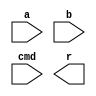
 `ifndef _PROC_DEFS
 `define _PROC_DEFS
         
        //`define CODE_FOR_SYNTHESIS				
        `define USE_SIMULATION_CODE				 
        
        `define PC_WIDTH				8
        `define	INSTR_MEM_ADDR_WIDTH	8
        `define MEM_ADD_WIDTH_DATA		8
 
        /************** Operation Code in instructions ****************/
        `define OP_NOP			4'b0000
        `define OP_ADD			4'b0010
        `define OP_SUB			4'b0001
        `define OP_MUL			4'b0011
        `define OP_DIV			4'b0101
        `define OP_MODU			4'b0100
        `define OP_SL			4'b0110
        `define OP_SR			4'b0111
        `define OP_ADDI			4'b1001
        `define OP_LD			4'b1010
        `define OP_ST			4'b1011
        `define OP_BZ			4'b1100
        
        /************** ALU operation command ****************/
        `define ALU_NC			3'bxxx		// Dont do anything 
        `define ALU_ADD			3'b011
        `define ALU_SUB			3'b010
        `define ALU_MUL			3'b000
        `define ALU_DIV			3'b001
        `define ALU_MODU			3'b100
        `define ALU_SL			3'b101
        `define ALU_SR			3'b110
        
        /************** Branch condition code ****************/
        `define BRANCH_Z		3'b000
        //`define BRANCH_GT		3'b001
        //`define BRANCH_LE		3'b010
        
 
 
 `endif
 


module alu
(
        input		[15:0]	a,		//src1
        input		[15:0]	b,		//src2
        input		[2:0]	cmd,	//function sel
        
        output	reg	[15:0]	r		//result	
);
        always @ (*) begin
                case(cmd)
                        `ALU_NC	:
                                r = 16'bx;
                        `ALU_ADD:
                                r = a + b;
                        `ALU_SUB:
                                r = a - b;
                        `ALU_MUL:
                                r = a * b;
                        `ALU_DIV	:
                                r = a / b;
                        `ALU_MODU:
                                r = a % b;
                        `ALU_SL	:
                                r = a << b;
                        `ALU_SR	:
                                r = {{16{a[15]}},a} >> b;
                        //`ALU_SRU	:
                        //	r = {16'b0,a} >> b;
                        default	:
                                begin
                                        r = 0;
`ifndef CODE_FOR_SYNTHESIS
                                        $display("ERROR: Unknown alu cmd: %b \n", cmd);
                                        //$stop;
`endif
                                end
                endcase
        end
        
endmodule 

`ifndef _PROC_DEFS
 `define _PROC_DEFS
         
        //`define CODE_FOR_SYNTHESIS				
        `define USE_SIMULATION_CODE				 
        
        `define PC_WIDTH				8
        `define	INSTR_MEM_ADDR_WIDTH	8
        `define MEM_ADD_WIDTH_DATA		8
 
        /************** Operation Code in instructions ****************/
        `define OP_NOP			4'b0000
        `define OP_ADD			4'b0010
        `define OP_SUB			4'b0001
        `define OP_MUL			4'b0011
        `define OP_DIV			4'b0101
        `define OP_MODU			4'b0100
        `define OP_SL			4'b0110
        `define OP_SR			4'b0111
        `define OP_ADDI			4'b1001
        `define OP_LD			4'b1010
        `define OP_ST			4'b1011
        `define OP_BZ			4'b1100
        
        /************** ALU operation command ****************/
        `define ALU_NC			3'bxxx		// Dont do anything 
        `define ALU_ADD			3'b011
        `define ALU_SUB			3'b010
        `define ALU_MUL			3'b000
        `define ALU_DIV			3'b001
        `define ALU_MODU			3'b100
        `define ALU_SL			3'b101
        `define ALU_SR			3'b110
        
        /************** Branch condition code ****************/
        `define BRANCH_Z		3'b000
        //`define BRANCH_GT		3'b001
        //`define BRANCH_LE		3'b010
        
 
 
 `endif






module data_mem
(
        input					clk,
        
        // address input, shared by read and write port
        input	[15:0]			mem_access_addr,
        
        // write port
        input	[15:0]				mem_write_data,
        //input							mem_write_en,	//Praswrite
        // read port
        output	[15:0]			mem_read_data
        
);


        reg [15:0] ram [(2**`MEM_ADD_WIDTH_DATA)-1:0];

        wire [`MEM_ADD_WIDTH_DATA-1 : 0] ram_addr = mem_access_addr[`MEM_ADD_WIDTH_DATA-1 : 0];

        always @(posedge clk)
                if (mem_write_data)
                        ram[ram_addr] <= mem_write_data;

        assign mem_read_data = ram[ram_addr]; 
   
endmodule 

module EX_stage
(
        input					clk,
        input					rst,
        // from ID_stage
        input		[56:0]		pipeline_reg_in,	
        
        //	[56:22],35bits:	ex_alu_s0s1[2:0] 
        // ex_Rp_data[15:0], ex_Rq_data[15:0]
        //	[21:5],17bits:	mem_write_en, mem_write_data[15:0]
        //	[4:0],5bits:	write_back_en, write_back_dest[2:0], write_back_result_mux, 
        
        // to MEM_stage
        output	reg	[37:0]		pipeline_reg_out,	//	[37:22],16bits:	ALU_Output[15:0];
                                                                                                //	[21:5],17bits:	mem_write_en, mem_write_data[15:0]
                                                                                                //	[4:0],5bits:	write_back_en, write_back_dest[2:0], write_back_result_mux, 
        
        // to hazard detection unit
        output		[2:0]		ex_op_dest
);
        wire	[2:0]		alu_s0s1	= pipeline_reg_in[56:54];				//S2  //alu_s0 and alu_s1
        wire	[15:0]	Rp_data	= pipeline_reg_in[53:38];						//RF Rp_data and Rq_data
        wire	[15:0]	Rq_data	= pipeline_reg_in[37:22];
        
        wire	[15:0]	ALU_Output;
        
        /********************** ALU *********************/
        alu alu_inst(
                .a		( Rp_data),
                .b		( Rq_data),
                .cmd	( alu_s0s1),	//alu_s0 and alu_s1
                .r		( ALU_Output)
        );
        
        
        /********************** singals to MEM_stage *********************/
        always @ (posedge clk) begin
                if(rst) begin
                        pipeline_reg_out[37:0] <= 0;
                end
                else begin
                        pipeline_reg_out[37:22] <= ALU_Output;
                        pipeline_reg_out[21:0] <= pipeline_reg_in[21:0];
                end
        end
        
        
        /********************** to hazard detection unit *********************/
        assign ex_op_dest = pipeline_reg_in[3:1];
endmodule 

module ID_stage
(
        input					clk,
        input					rst,
        input					instruction_decode_en,
        //input					insert_bubble,
        
        
        // to EX_stage
        output	reg	[56:0]		pipeline_reg_out,	
        
        //	[56:22],35bits:	ex_alu_s0s1[2:0] //alu_s0 and alu_s1, ex_Rp_data[15:0], ex_Rq_data[15:0]
        //	[21:5],17bits:	mem_write_en, mem_write_data[15:0]
        //	[4:0],5bits:	write_back_en, write_back_dest[2:0], write_back_result_mux, 
        
        // to IF_stage
        input		[15:0]		instruction,
        output		[5:0]		branch_offset_imm,
        output	reg			branch_taken,
        
        // to register file
        output		[3:0]		Rp_addr,	// register file read port p address
        output		[3:0]		Rq_addr,	// register file read port q address
        input		[15:0]		Rp_data,	// register file read port p data
        input		[15:0]		Rq_data,	// register file read port q data
        
        // to hazard detection unit
        output		[2:0]		decoding_op_src1,		//source_1 register number
        output		[2:0]		decoding_op_src2		//source_2 register number
        
);
    
        /********************** internal wires ***********************************/
        //----------------- Instruction Register signals --------------------//
        reg		[15:0]		instruction_reg;
        wire	[3:0]		ir_op_code;		//operation code
        wire	[2:0]		ir_dest;		//destination register number
        wire	[2:0]		ir_src1;		//source_1 register number
        wire	[2:0]		ir_src2;		//source_2 register number
        wire	[5:0]		ir_imm;			//immediate number carried by the instruction
        
        //---------------- data path control signals --------------------------//
        // write back stage signals
        reg					write_back_en;			// S3
        wire	[2:0]			write_back_dest;		// dest
        reg					write_back_result_mux;	// S1
        // mem stage signals
        //wire					mem_write_en;	//Praswrite
        wire	[15:0]		mem_write_data;
        // ex stage signals
        reg	[2:0]			ex_alu_s0s1;				//S2  //alu_s0 and alu_s1
        wire	[15:0]		ex_Rp_data;
        wire	[15:0]		ex_Rq_data;
        // instruction decode stage signals
        reg					Rq_data_mux;			// S4
        wire				decoding_op_is_branch;	//S5	// Check if Branch Instruction
        wire				decoding_op_is_store;	//S6  // Check if Store Instruction
        wire	[3:0]		ir_op_code_with_bubble;
        wire	[2:0]		ir_dest_with_bubble;
        //reg					branch_condition_satisfied;
        
        
        /********************** Instruction Register *********************/
        always @ (posedge clk or posedge rst) begin
                if(rst) begin
                        instruction_reg <= 0;
                end
                else begin
                        if(instruction_decode_en) begin
                                instruction_reg <= instruction;
                        end
                end
        end
        assign ir_op_code = instruction_reg[15:12];
        assign ir_dest = instruction_reg[11: 9];
        assign ir_src1 = instruction_reg[ 8: 6];
        assign ir_src2 = (decoding_op_is_store)? instruction_reg[11: 9] : instruction_reg[ 5: 3];
        assign ir_imm  = instruction_reg[ 5: 0];
        
        /********************** pipeline bubble insertion *********************/
        // if instrcution decode is frozen, insert bubble operations into the pipeline
        assign ir_op_code_with_bubble = ( instruction_decode_en )?  ir_op_code : 0;
        // if instrcution decode is frozen, force destination reg number to 0, 
        // this operation is to prevent pipeline stall.
        assign ir_dest_with_bubble = ( instruction_decode_en )?  ir_dest : 0;
        
        /********************** Data path control logic *********************/
        always @ (*) begin
                if(rst) begin
                        write_back_en			= 0;	// S3
                        write_back_result_mux	= 0;	// S1
                        ex_alu_s0s1				= 0;	// S2	//alu_s0 and alu_s1
                        Rq_data_mux			= 0;	// S4
                end
                else begin
                        case( ir_op_code_with_bubble )
                                `OP_NOP	:
                                        begin
                                                write_back_en			= 0;		// S3
                                                write_back_result_mux	= 1'bx;		// S1
                                                ex_alu_s0s1				= `ALU_NC;	// S2
                                                Rq_data_mux			= 1'bx;		// S4
                                        end
                                `OP_ADD	:
                                        begin
                                                write_back_en			= 1;		// S3
                                                write_back_result_mux	= 0;		// S1
                                                ex_alu_s0s1				= `ALU_ADD;	// S2
                                                Rq_data_mux			= 0;		// S4
                                        end
                                `OP_SUB	:
                                        begin
                                                write_back_en			= 1;		// S3
                                                write_back_result_mux	= 0;		// S1
                                                ex_alu_s0s1				= `ALU_SUB;	// S2
                                                Rq_data_mux			= 0;		// S4
                                        end
                                `OP_MUL	:
                                        begin
                                                write_back_en			= 1;		// S3
                                                write_back_result_mux	= 0;		// S1
                                                ex_alu_s0s1				= `ALU_MUL;	// S2
                                                Rq_data_mux			= 0;		// S4
                                        end
                                `OP_DIV	:
                                        begin
                                                write_back_en			= 1;		// S3
                                                write_back_result_mux	= 0;		// S1
                                                ex_alu_s0s1				= `ALU_DIV;	// S2
                                                Rq_data_mux			= 0;		// S4
                                        end
                                `OP_MODU	:
                                        begin
                                                write_back_en			= 1;		// S3
                                                write_back_result_mux	= 0;		// S1
                                                ex_alu_s0s1				= `ALU_MODU;	// S2
                                                Rq_data_mux			= 1'bx;		// S4
                                        end
                                `OP_SL	:
                                        begin
                                                write_back_en			= 1;		// S3
                                                write_back_result_mux	= 0;		// S1
                                                ex_alu_s0s1				= `ALU_SL;	// S2
                                                Rq_data_mux			= 0;		// S4
                                        end
                                `OP_SR	:
                                        begin
                                                write_back_en			= 1;		// S3
                                                write_back_result_mux	= 0;		// S1
                                                ex_alu_s0s1				= `ALU_SR;	// S2
                                                Rq_data_mux			= 0;		// S4
                                        end
                                `OP_ADDI:
                                        begin
                                                write_back_en			= 1;		// S3
                                                write_back_result_mux	= 0;		// S1
                                                ex_alu_s0s1				= `ALU_ADD;	// S2
                                                Rq_data_mux			= 1;		// S4
                                        end
                                `OP_LD	:
                                        begin
                                                write_back_en			= 1;		// S3
                                                write_back_result_mux	= 1;		// S1
                                                ex_alu_s0s1				= `ALU_ADD;	// S2
                                                Rq_data_mux			= 1;		// S4
                                        end
                                `OP_ST	:
                                        begin
                                                write_back_en			= 0;		// S3
                                                write_back_result_mux	= 1'bx;		// S1
                                                ex_alu_s0s1				= `ALU_ADD;	// S2
                                                Rq_data_mux			= 1;		// S4
                                        end
                                `OP_BZ	:
                                        begin
                                                write_back_en			= 0;		// S3
                                                write_back_result_mux	= 1'bx;		// S1
                                                ex_alu_s0s1				= `ALU_NC;	// S2
                                                Rq_data_mux			= 1;		// S4
                                        end
                                default	:
                                        begin
                                                write_back_en			= 0;		// S3
                                                write_back_result_mux	= 1'bx;		// S1
                                                ex_alu_s0s1				= `ALU_NC;	// S2
                                                Rq_data_mux			= 1'bx;		// S4
`ifndef CODE_FOR_SYNTHESIS
                                                $display("ERROR: Unknown Instruction: %b", ir_op_code_with_bubble);
                                                //$stop;
`endif
                                        end
                        endcase
                end
        end
        
        assign decoding_op_is_branch = ( ir_op_code == `OP_BZ )? 1 : 0;	// S5
        assign decoding_op_is_store	= ( ir_op_code == `OP_ST )? 1 : 0;	// S6
        
        /********************** singals to EX_stage *********************/
        assign mem_write_data = Rq_data;
        //assign mem_write_en = decoding_op_is_store;	//Praswrite
        assign write_back_dest = ir_dest_with_bubble;
        assign ex_Rp_data = Rp_data;
        assign ex_Rq_data = (Rq_data_mux)? {{10{ir_imm[5]}},ir_imm} : Rq_data;
        
        //	pipeline_reg_out:
        //	[56:22],35bits:	ex_alu_s0s1[2:0], ex_Rp_data[15:0], ex_Rq_data[15:0],
        //	[21:5],17bits:	mem_write_en, mem_write_data[15:0],
        //	[4:0],5bits:	write_back_en, write_back_dest[2:0], write_back_result_mux,
        
        always @ (posedge clk or posedge rst) begin
                if(rst) begin
                        pipeline_reg_out[56:0] <= 0;
                end
                else begin
                        pipeline_reg_out[56:0] <= {
                                ex_alu_s0s1[2:0],		// pipeline_reg_out[56:54]	//S2
                                ex_Rp_data[15:0],		// pipeline_reg_out[53:38]	// Rp_data and Rq_data
                                ex_Rq_data[15:0],		// pipeline_reg_out[37:22]	
                                //mem_write_en, 			// pipeline_reg_out[21]		//	//Praswrite
                                mem_write_data[15:0],	// pipeline_reg_out[20:5]	//
                                write_back_en, 			// pipeline_reg_out[4]		//S3
                                write_back_dest[2:0], 	// pipeline_reg_out[3:1]	//dest
                                write_back_result_mux 	// pipeline_reg_out[0]		//S1
                                };
                end
        end
        
                         
        /********************** interface with register file *********************/
        assign Rp_addr = ir_src1;
        assign Rq_addr = ir_src2;
        
        /********************** branch signals generate *********************/
        always @ (*) begin
                if(decoding_op_is_branch) begin
                        case( ir_dest_with_bubble )
                                `BRANCH_Z	:
                                        begin
                                                if(Rp_data == 0)
                                                        branch_taken = 1;
                                                else
                                                        branch_taken = 0;
                                        end
                                        
                                default:
                                        begin
                                                branch_taken = 0;
`ifndef CODE_FOR_SYNTHESIS
                                                $display("ERROR: Unknown branch condition %b, in branch instruction %b \n", ir_dest_with_bubble, ir_op_code_with_bubble);
                                                //$stop;
`endif					
                                        end
                        endcase
                end
                else begin
                        branch_taken = 0;
                end
        end
        assign branch_offset_imm = ir_imm;
        //assign branch_taken = decoding_op_is_branch & branch_condition_satisfied ;
        
        /********************** to hazard detection unit *********************/
        assign decoding_op_src1 = ir_src1;
        assign decoding_op_src2 = (
                                        ir_op_code == `OP_NOP 	||
                                        ir_op_code == `OP_ADDI 	||
                                        ir_op_code == `OP_LD 	||
                                        ir_op_code == `OP_BZ 	
                                        )?
                                        3'b000 : ir_src2;
        
endmodule 

module IF_stage
(
        input							clk,
        input							rst,				
        input							instruction_fetch_en,
        
        input	[5:0]					branch_offset_imm,
        input							branch_taken,
        
        output	reg	[`PC_WIDTH-1:0]		pc,
        output	[15:0]					instruction
);
    
        // The program Counter is controlled below.
        always @ (posedge clk or posedge rst) begin
            if (rst) begin
                pc <= `PC_WIDTH'b0;
            end 
                else begin
                        if(instruction_fetch_en) begin
                                if(branch_taken)
                                        pc <= pc + {{(`PC_WIDTH-6){branch_offset_imm[5]}}, branch_offset_imm[5:0]};	
                                else
                                        pc <= pc + `PC_WIDTH'd1;
                        end
                end
        end
        
        // instantiation for the instruction memory
        instruction_mem imem(
                .clk				(clk),
                .pc				(pc),		
                .instruction	(instruction)
        );
        
        
endmodule 

module instruction_mem		
(
        input					clk,
        input	[`PC_WIDTH-1:0]	pc,
        
        output	[15:0]			instruction
);
        
        reg	[15:0] rom [2**`INSTR_MEM_ADDR_WIDTH-1 : 0];
        
        wire [`INSTR_MEM_ADDR_WIDTH-1 : 0] rom_addr = pc[`INSTR_MEM_ADDR_WIDTH-1 : 0];
        
        // always @ (posedge clk) begin
        // always @ (*) begin
            // instruction = rom[rom_addr];
        // end
        
        assign instruction = rom[rom_addr];
        
        
endmodule 


`ifndef USE_SIMULATION_CODE		
module instruction_mem		// a synthesisable rom implementation
(
        input					clk,		// asynchronized!!
        input	[`PC_WIDTH-1:0]	pc,
        
        output reg	[15:0]		instruction
);
        
        wire [`INSTR_MEM_ADDR_WIDTH-1 : 0] rom_addr = pc[`INSTR_MEM_ADDR_WIDTH-1 : 0];
        
        
        // Algo. State Machine 
        // ASM code in rom:
        // L1:	ADDI		R1,R0,8
        // 		ADDI		R2,R1,8
        // 		ADDI		R3,R2,8
        // 		ADD			R4,R2,R3
        // 		ST			R4,R1,2
        // 		LD			R5,R1,2
        // 		SUB			R6,R4,R5
        // 		BZ			R6,L1
        // 		ADDI		R7,R7,1
        always @(*)
                case (rom_addr)
                        4'b0000: instruction = 16'b1001001000001000;
                        4'b0001: instruction = 16'b1001010001001000;
                        4'b0010: instruction = 16'b1001011010001000;
                        4'b0011: instruction = 16'b0001100010011000;
                        4'b0100: instruction = 16'b1011100001000010;
                        4'b0101: instruction = 16'b1010101001000010;
                        4'b0110: instruction = 16'b0010110100101000;
                        4'b0111: instruction = 16'b1100000110111000;
                        4'b1000: instruction = 16'b1001111111000001;
                        4'b1001: instruction = 16'b0000000000000000;
                        4'b1010: instruction = 16'b0000000000000000;
                        4'b1011: instruction = 16'b0000000000000000;
                        4'b1100: instruction = 16'b0000000000000000;
                        4'b1101: instruction = 16'b0000000000000000;
                        4'b1110: instruction = 16'b0000000000000000;
                        4'b1111: instruction = 16'b0000000000000000;
                        default: instruction = 16'b0000000000000000;
         endcase	
endmodule 
`endif

module MEM_stage
(
        input					clk,
        input					rst,
        
        // from EX_stage
        input		[37:0]		pipeline_reg_in,	//	[37:22],16bits:	ALU_Output[15:0];
                                                                                                //	[21:5],17bits:	mem_write_en, mem_write_data[15:0]
                                                                                                //	[4:0],5bits:	write_back_en, write_back_dest[2:0], write_back_result_mux, 
        
        // to WB_stage
        output	reg	[36:0]		pipeline_reg_out,	//	[36:21],16bits:	ALU_Output[15:0]
                                                                                                //	[20:5],16bits:	mem_read_data[15:0]
                                                                                                //	[4:0],5bits:	write_back_en, write_back_dest[2:0], write_back_result_mux, 
        output		[2:0]		mem_op_dest
);
        
        wire	[15:0]		ALU_Output = pipeline_reg_in[37:22];
        //wire					mem_write_en = pipeline_reg_in[21];		//Praswrite
        wire	[15:0]		mem_write_data = pipeline_reg_in[20:5];
        
        wire	[15:0]		mem_read_data ;		
        
        /********************** Data memory *********************/
        // a ram
        /*data_mem dmem (			//Praswrite
                .clk(clk), 
                .mem_access_addr		( ALU_Output ), 
                .mem_write_data		( mem_write_data ), 
                .mem_write_en			( mem_write_en ), 
                .mem_read_data			( mem_read_data )
        );*/
        
        /********************** singals to WB_stage *********************/
        always @ (posedge clk) begin
                if(rst) begin
                        pipeline_reg_out[36:0] <= 0;
                end
                else begin
                        pipeline_reg_out[36:21] <= ALU_Output;
                        pipeline_reg_out[20:5]	<= mem_read_data ;
                        pipeline_reg_out[4:0] 	<= pipeline_reg_in[4:0];
                end
        end

        assign mem_op_dest = pipeline_reg_in[3:1];

endmodule 

module Sim_Processor_Alu
(
        input						clk,
        input						rst,

        output	[`PC_WIDTH-1:0]		pc
);
        wire 						pipeline_stall_n ;
        wire	[5:0]				branch_offset_imm;
        wire						branch_taken;
        wire	[15:0]				instruction;
        wire	[56:0]				ID_pipeline_reg_out;
        wire	[37:0]				EX_pipeline_reg_out;
        wire	[36:0]				MEM_pipeline_reg_out;
        
        wire	[3:0]				Rp_addr;	// register file read port p address
        wire	[3:0]				Rq_addr;	// register file read port q address
        wire	[15:0]			Rp_data;	// register file read port p data
        wire	[15:0]			Rq_data;	// register file read port q data
        wire	[2:0]				decoding_op_src1;		//source_1 register number
        wire	[2:0]				decoding_op_src2;		//source_2 register number
        wire	[2:0]				ex_op_dest;				//EX stage destinaton register number
        wire	[2:0]				mem_op_dest;			//MEM stage destinaton register number
        wire	[2:0]				wb_op_dest;				//WB stage destinaton register number
        wire						reg_write_en;
        wire	[2:0]				reg_write_dest;
        wire	[15:0]			W_data;
        
        IF_stage IF_stage_inst (
                .clk					(clk), 
                .rst					(rst), 
                .instruction_fetch_en	(pipeline_stall_n),
                .branch_offset_imm		(branch_offset_imm), 
                .branch_taken			(branch_taken), 
                .pc						(pc),
                .instruction			(instruction)
        );
        
        ID_stage ID_stage_inst (
                .clk					(clk),
                .rst					(rst),
                .instruction_decode_en	(pipeline_stall_n),
                .pipeline_reg_out		(ID_pipeline_reg_out),
                .instruction			(instruction),
                .branch_offset_imm		(branch_offset_imm),
                .branch_taken			(branch_taken),
                .Rp_addr		(Rp_addr),	//
                .Rq_addr		(Rq_addr),	//
                .Rp_data		(Rp_data),	//
                .Rq_data		(Rq_data),	//
                .decoding_op_src1		(decoding_op_src1),		
                .decoding_op_src2		(decoding_op_src2)
        );
        
        EX_stage EX_stage_inst (
                .clk					(clk), 
                .rst					(rst), 
                .pipeline_reg_in		(ID_pipeline_reg_out), 
                .pipeline_reg_out		(EX_pipeline_reg_out), 
                .ex_op_dest				(ex_op_dest)
        );
        
        MEM_stage MEM_stage_inst (
                .clk					(clk), 
                .rst					(rst), 
                .pipeline_reg_in		(EX_pipeline_reg_out), 
                .pipeline_reg_out		(MEM_pipeline_reg_out), 
                .mem_op_dest			(mem_op_dest)
        );
        
        WB_stage WB_stage_inst (
                .pipeline_reg_in		(MEM_pipeline_reg_out), 
                .reg_write_en			(reg_write_en), 
                .reg_write_dest			(reg_write_dest), 
                .W_data			(W_data), 
                .wb_op_dest				(wb_op_dest)
        );
        
        register_file register_file_inst (
                .clk					(clk), 
                .rst					(rst), 
                .reg_write_en			(reg_write_en), 
                .reg_write_dest			(reg_write_dest), 
                .W_data			(W_data), 
                .Rp_addr		(Rp_addr), 
                .Rp_data		(Rp_data), 
                .Rq_addr		(Rq_addr), 
                .Rq_data		(Rq_data)
        );
        
        /*
        hazard_detection_unit hazard_detection_unit_inst (
                .decoding_op_src1		(decoding_op_src1), 
                .decoding_op_src2		(decoding_op_src2), 
                .ex_op_dest				(ex_op_dest), 
                .mem_op_dest			(mem_op_dest), 
                .wb_op_dest				(wb_op_dest), 
                .pipeline_stall_n		(pipeline_stall_n)
        );
        */
endmodule 

module register_file
(
        input				clk,
        input				rst,
        
        // write port
        input						reg_write_en,
        input		[2:0]			reg_write_dest,
        input		[15:0]		W_data,
        
        //read port p
        input		[3:0]			Rp_addr,
        output	[15:0]		Rp_data,
        //read port q
        input		[3:0]			Rq_addr,
        output	[15:0]		Rq_data
);
        reg	[15:0]			RF_array [7:0];
        
        // write port
        //reg [2:0] i;
        always @ (posedge clk or posedge rst) begin
                if(rst) begin
                        // for(i=0; i<8; i=i+1)
                                // RF_array[i] <= 15'b0;
                        RF_array[0] <= 15'b0;
                        RF_array[1] <= 15'b0;
                        RF_array[2] <= 15'b0;
                        RF_array[3] <= 15'b0;
                        RF_array[4] <= 15'b0;
                        RF_array[5] <= 15'b0;
                        RF_array[6] <= 15'b0;
                        RF_array[7] <= 15'b0;
                end
                else begin
                        if(reg_write_en) begin
                                RF_array[reg_write_dest] <= W_data;
                        end
                end
                
        end
        
        //read port p
        // always @ (*) begin
                // if( Rp_addr == 0) begin
                        // Rp_data = 15'b0;
                // end
                // else begin
                        // Rp_data = RF_array[Rp_addr];
                // end
        // end
        assign Rp_data = ( Rp_addr == 0)? 15'b0 : RF_array[Rp_addr];
        
        //read port q
        // always @ (*) begin
                // if( Rq_addr == 0) begin
                        // Rq_data = 15'b0;
                // end
                // else begin
                        // Rq_data = RF_array[Rq_addr];
                // end
        // end
        assign Rq_data = ( Rq_addr == 0)? 15'b0 : RF_array[Rq_addr];

endmodule 


module WB_stage
(
        //input					clk,
        
        // from EX stage
        input		[36:0]		pipeline_reg_in,	
        
        // Below is the structure of the Register
        //	[36:21],16bits:	ALU_Output[15:0]
        //	[20:5],16bits:	mem_read_data[15:0]
        //	[4:0],5bits:	write_back_en, write_back_dest[2:0], write_back_result_mux, 
        
        // to register file
        output					reg_write_en,
        output		[2:0]		reg_write_dest,
        output		[15:0]	W_data,
        
        output		[2:0]		wb_op_dest
);
        
        wire [15:0]	ALU_Output = pipeline_reg_in[36:21];
        wire [15:0]	mem_read_data = pipeline_reg_in[20:5];
        wire		write_back_en = pipeline_reg_in[4];
        wire [2:0]	write_back_dest = pipeline_reg_in[3:1];
        wire		write_back_result_mux = pipeline_reg_in[0];
        
        /********************** to register file *********************/
        assign reg_write_en = write_back_en;
        assign reg_write_dest = write_back_dest;
        assign W_data = (write_back_result_mux)? mem_read_data : ALU_Output;
        
        /********************** to hazard detection unit *********************/
        assign wb_op_dest = pipeline_reg_in[3:1];
        
        
endmodule